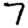
Digit: 7